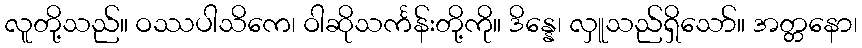
လူတို့သည်။ ဝဿပါသိကေ၊ ဝါဆိုသင်္ကန်းတို့ကို။ ဒိန္နေ၊ လှူသည်ရှိသော်။ အတ္တနော၊